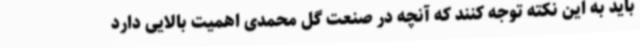
باید به این نکته توجه کنند که آنچه در صنعت گل محمدی اهمیت بالایی دارد